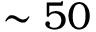
\sim 5 0